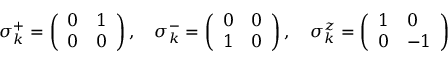
\sigma _ { k } ^ { + } = \left( \begin{array} { l l } { 0 } & { 1 } \\ { 0 } & { 0 } \end{array} \right) , \quad \sigma _ { k } ^ { - } = \left( \begin{array} { l l } { 0 } & { 0 } \\ { 1 } & { 0 } \end{array} \right) , \quad \sigma _ { k } ^ { z } = \left( \begin{array} { l l } { 1 } & { 0 } \\ { 0 } & { - 1 } \end{array} \right)